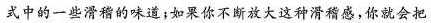
式中的一些滑稽的味道；如果你不断放大这种滑稽感，你就会把